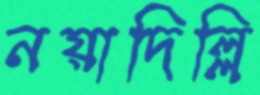
নয়াদিল্লি